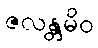
ဇလန္တမိဝ